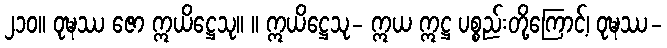
၂၁၀။ ဝုဍ္ဎဿ ဇော ဣယိဋ္ဌေသု။ ။ ဣယိဋ္ဌေသု- ဣယ ဣဋ္ဌ ပစ္စည်းတို့ကြောင့်၊ ဝုဍ္ဎဿ-